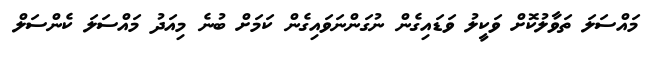
މައްސަލަ ތަވާލުކޮށް ވަކީލު ވަޑައިގެން ނުގަންނަވައިގެން ކަމަށް ބުނެ މިއަދު މައްސަލަ ކެންސަލް